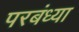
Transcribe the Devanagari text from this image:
परबंध्या